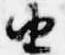
由